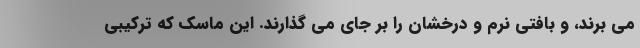
می برند، و بافتی نرم و درخشان را بر جای می گذارند. این ماسک که ترکیبی